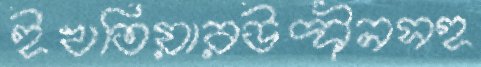
ইখতিয়ারউদ্দীনসহ